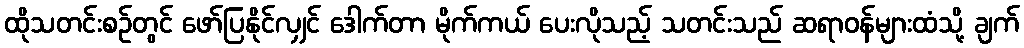
ထိုသတင်းစဉ်တွင် ဖော်ပြနိုင်လျှင် ဒေါက်တာ မိုက်ကယ် ပေးလိုသည့် သတင်းသည် ဆရာဝန်များထံသို့ ချက်